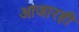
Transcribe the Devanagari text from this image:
आजारही